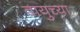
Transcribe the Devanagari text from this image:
वायुच्या